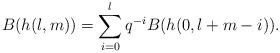
LaTeX: \begin{align*} B(h(l,m))=\sum_{i=0}^lq^{-i} B(h(0,l+m-i)). \end{align*}